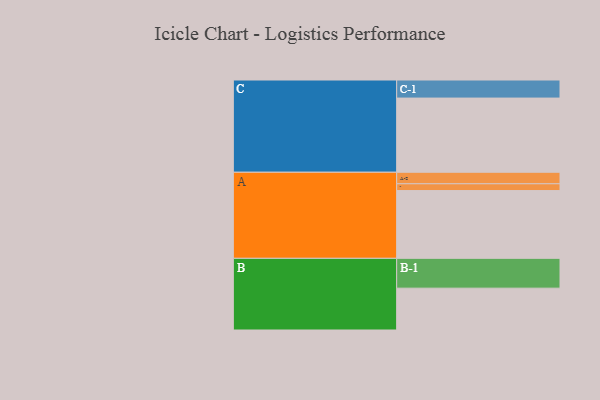
{"axis": {"x": "Segment", "y": "Value"}, "legend": ["", "A", "B", "C"], "data": [{"x": "A", "y": 536, "type": ""}, {"x": "B", "y": 331, "type": ""}, {"x": "C", "y": 587, "type": ""}, {"x": "A-1", "y": 54, "type": "A"}, {"x": "A-2", "y": 91, "type": "A"}, {"x": "B-1", "y": 236, "type": "B"}, {"x": "C-1", "y": 143, "type": "C"}]}